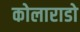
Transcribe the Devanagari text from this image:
कोलाराडो